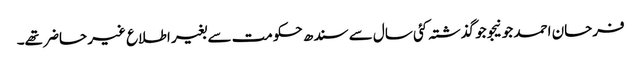
فرحان احمد جونیجو جو گذشتہ کئی سال سے سندھ حکومت سے بغیر اطلاع غیر حاضر تھے۔